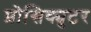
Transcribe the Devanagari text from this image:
प्रोसिक्युटर